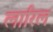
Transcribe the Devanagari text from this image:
लारिल